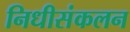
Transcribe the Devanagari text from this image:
निधीसंकलन